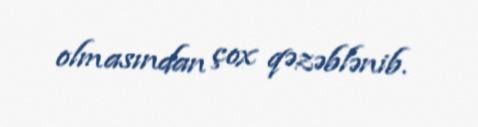
olmasından çox qəzəblənib.